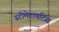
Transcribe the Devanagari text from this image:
स्टोमेटायटिस